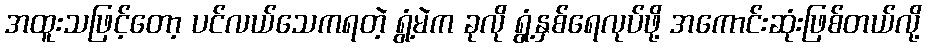
အထူးသဖြင့်တော့ ပင်လယ်သေကရတဲ့ ရွံ့မဲက ခုလို ရွံ့နှစ်ရေလုပ်ဖို့ အကောင်းဆုံးဖြစ်တယ်လို့